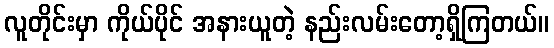
လူတိုင်းမှာ ကိုယ်ပိုင် အနားယူတဲ့ နည်းလမ်းတော့ရှိကြတယ်။